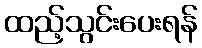
ထည့်သွင်းပေးရန်